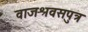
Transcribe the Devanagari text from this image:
वाजश्रवसपुत्र